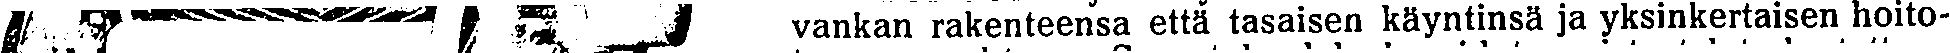
vankan rakenteensa että tasaisen käyntinsä ja yksinkertaisen hoito-